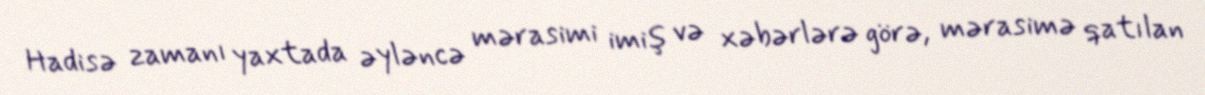
Hadisə zamanı yaxtada əyləncə mərasimi imiş və xəbərlərə görə, mərasimə qatılan